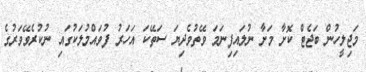
މަޖިލީހުން ބަޖެޓް ކޮށާ މަށާ ނުލައިފިނަމަ ވޭތުވެދިޔަ ސަތޭކަ އަހަރު ފުވައްމުލަކުގައި ނުކުރެވޭވަރުގެ